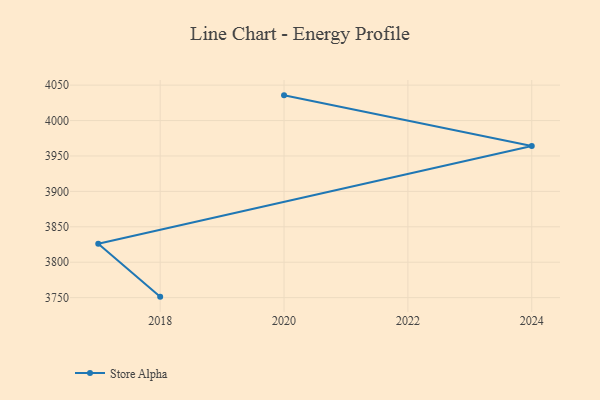
{"axis": {"x": "Year", "y": "Shipments"}, "legend": ["Store Alpha"], "data": [{"x": "2018", "y": 3751.4, "type": "Store Alpha"}, {"x": "2017", "y": 3826.1, "type": "Store Alpha"}, {"x": "2024", "y": 3964.1, "type": "Store Alpha"}, {"x": "2020", "y": 4035.6, "type": "Store Alpha"}]}